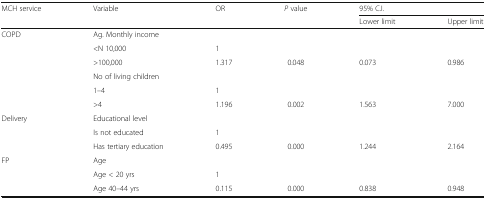
| <ROWSPAN=2> MCH service | <ROWSPAN=2> Variable | <ROWSPAN=2> OR | <ROWSPAN=2> P value | <COLSPAN=2> 95% C.I. |
 | Lower limit | Upper limit |
 | --- | --- | --- | --- | --- | --- |
 | <ROWSPAN=6> COPD | Ag. Monthly income |  |  |  |  |
 | <N 10,000 | 1 |  |  |  |
 | >100,000 | 1.317 | 0.048 | 0.073 | 0.986 |
 | No of living children |  |  |  |  |
 | 1–4 | 1 |  |  |  |
 | >4 | 1.196 | 0.002 | 1.563 | 7.000 |
 | <ROWSPAN=3> Delivery | Educational level |  |  |  |  |
 | Is not educated | 1 |  |  |  |
 | Has tertiary education | 0.495 | 0.000 | 1.244 | 2.164 |
 | <ROWSPAN=3> FP | Age |  |  |  |  |
 | Age < 20 yrs | 1 |  |  |  |
 | Age 40–44 yrs | 0.115 | 0.000 | 0.838 | 0.948 |